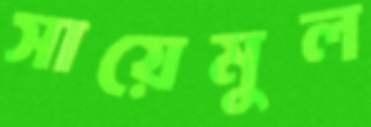
সায়েমুল